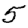
Digit: 5